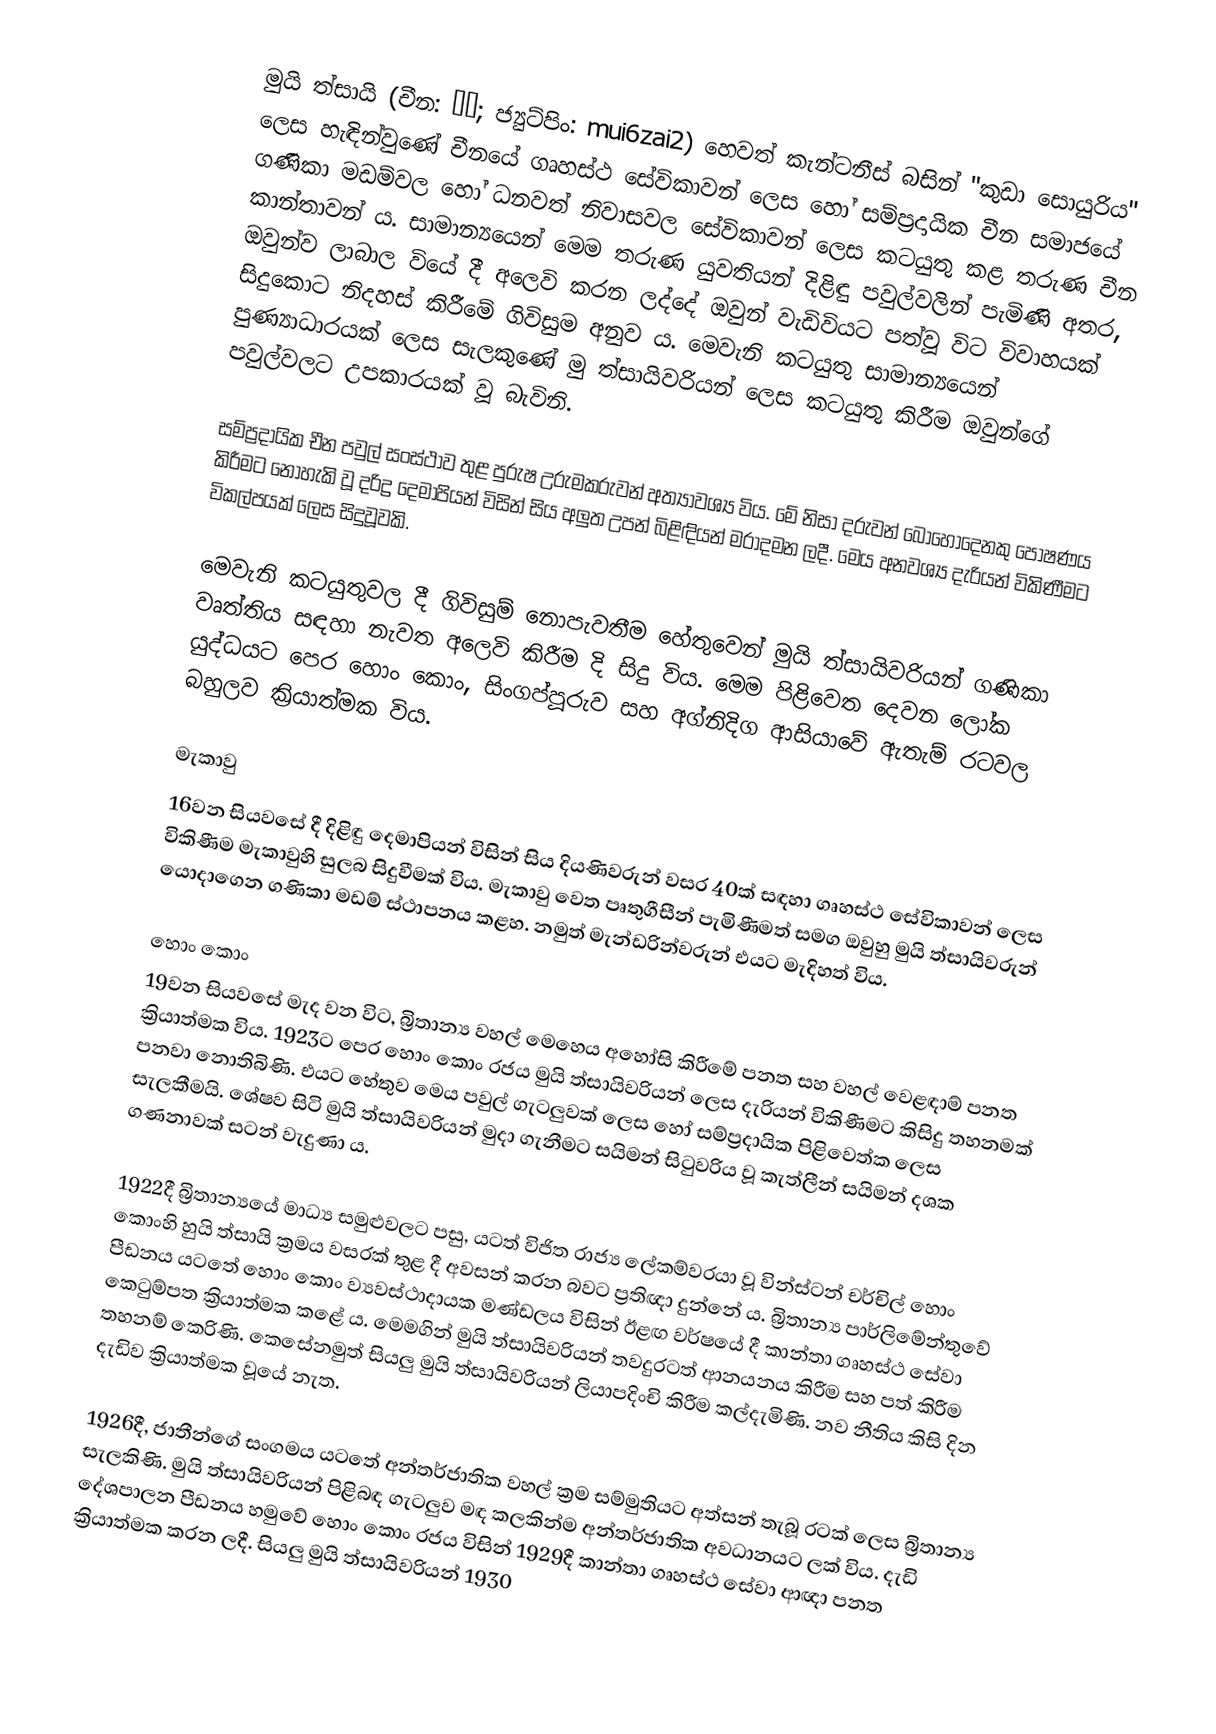
මුයි ත්සායි (චීන: 妹仔; ජ්‍යුට්පිං: mui6zai2) හෙවත් කැන්ටනීස් බසින් "කුඩා සොයුරිය" ලෙස හැඳින්වුණේ චීනයේ ගෘහස්ථ සේවිකාවන් ලෙස හෝ සම්ප්‍රදායික චීන සමා‍ජයේ ගණිකා මඩම්වල හෝ ධනවත් නිවාසවල සේවිකාවන් ලෙස කටයුතු කළ තරුණ චීන කාන්තාවන් ය. සාමාන්‍යයෙන් මෙම තරුණ යුවතියන් දිළිඳු පවුල්වලින් පැමිණි අතර, ඔවුන්ව ලාබාල වියේ දී අලෙවි කරන ලද්දේ ඔවුන් වැඩිවියට පත්වූ විට විවාහයක් සිදුකොට නිදහස් කිරීමේ ගිවිසුම අනුව ය. මෙවැනි කටයුතු සාමාන්‍යයෙන් පුණ්‍යාධාරයක් ලෙස සැලකුණේ මු ත්සායිවරියන් ලෙස කටයුතු කිරීම ඔවුන්ගේ පවුල්වලට උපකාරයක් වූ බැවිනි.

සම්ප්‍රදායික චීන පවුල් සංස්ථාව තුළ පුරුෂ උරුමකරුවන් අත්‍යාවශ්‍ය විය. මේ නිසා දරුවන් බොහෝදෙනකු පෝෂණය කිරීමට නොහැකි වූ දරිද්‍ර දෙමාපියන් විසින් සිය අලුත උපන් බිළිඳියන් මරාදමන ලදී. මෙය අනවශ්‍ය දැරියන් විකිණීමට විකල්පයක් ලෙස සිදුවූවකි.

මෙවැනි කටයුතුවල දී ගිවිසුම් නොපැවතීම හේතුවෙන් මුයි ත්සායිවරියන් ගණිකා වෘත්තිය සඳහා නැවත අලෙවි කිරීම දි සිදු විය. මෙම පිළිවෙත දෙවන ලෝක යුද්ධයට පෙර හොං කොං, සිංගප්පූරුව සහ අග්නිදිග ආසියාවේ ඇතැම් රටවල බහුලව ක්‍රියාත්මක විය.

මැකාවු
16වන සියවසේ දී දිළිඳු දෙමාපියන් විසින් සිය දියණිවරුන් වසර 40ක් සඳහා ගෘහස්ථ සේවිකාවන් ලෙස විකිණීම මැකාවුහි සුලබ සිදුවීමක් විය. මැකාවු වෙත පෘතුගීසීන් පැමිණීමත් සමග ඔවුහු මුයි ත්සායිවරුන් යොදාගෙන ගණිකා මඩම් ස්ථාපනය කළහ. නමුත් මැන්ඩරින්වරුන් එයට මැදිහත් විය.

හොං කොං
19වන සියවසේ මැද වන විට, බ්‍රිතාන්‍ය වහල් මෙහෙය අහෝසි කිරීමේ පනත සහ වහල් වෙළඳාම් පනත ක්‍රියාත්මක විය. 1923ට පෙර හොං කොං රජය මුයි ත්සායිවරියන් ලෙස දැරියන් විකිණීමට කිසිදු තහනමක් පනවා නොතිබිණි. එයට හේතුව මෙය පවුල් ගැටලුවක් ලෙස හෝ සම්ප්‍රදායික පිළිවෙත්ක ලෙස සැලකීමයි. ශේෂව සිටි මුයි ත්සායිවරියන් මුදා ගැනීමට සයිමන් සිටුවරිය වූ කැත්ලීන් සයිමන් දශක ගණනාවක් සටන් වැදුණා ය.

1922දී බ්‍රිතාන්‍යයේ මාධ්‍ය සමුළුවලට පසු, යටත් විජිත රාජ්‍ය ලේකම්වරයා වූ වින්ස්ටන් චර්චිල් හොං කොංහි හුයි ත්සායි ක්‍රමය වසරක් තුළ දී අවසන් කරන බවට ප්‍රතිඥා දුන්නේ ය. බ්‍රිතාන්‍ය පාර්ලිමේන්තුවේ පීඩනය යටතේ හොං කොං ව්‍යවස්ථාදායක මණ්ඩලය විසින් ඊළඟ වර්ෂයේ දී කාන්තා ගෘහස්ථ සේවා කෙටුම්පත ක්‍රියාත්මක කළේ ය. මෙමගින් මුයි ත්සායිවරියන් තවදුරටත් ආනයනය කිරීම සහ පත් කිරීම තහනම් කෙරිණි. කෙසේනමුත් සියලු මුයි ත්සායිවරියන් ලියාපදිංචි කිරීම කල්දැමිණි. නව නීතිය කිසි දින දැඩිව ක්‍රියාත්මක වූයේ නැත.

1926දී, ජාතීන්ගේ සංගමය යටතේ අන්තර්ජාතික වහල් ක්‍රම සම්මුතියට අත්සන් තැබූ රටක් ලෙස බ්‍රිතාන්‍ය සැලකිණි. මුයි ත්සායිවරියන් පිළිබඳ ගැටලුව මඳ කලකින්ම අන්තර්ජාතික අවධානයට ලක් විය. දැඩි දේශපාලන පීඩනය හමුවේ හොං කොං රජය විසින් 1929දී කාන්තා ගෘහස්ථ සේවා ආඥා පනත ක්‍රියාත්මක කරන ලදී. සියලු මුයි ත්සායිවරියන් 1930